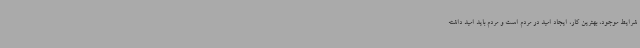
شرایط موجود، بهترین کار، ایجاد امید در مردم است و مردم باید امید داشته